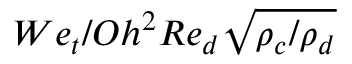
W e _ { t } / O h ^ { 2 } R e _ { d } \sqrt { \rho _ { c } / \rho _ { d } }